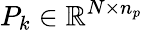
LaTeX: P_{k}\in\mathbb{R}^{N\times n_{p}}